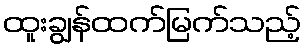
ထူးချွန်ထက်မြက်သည့်